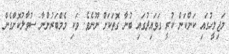
މަޖިލީހުގައި ކަންކަން ކުރީ ގަވައިދުގައި ބުނާ ގޮތަކަށް ނޫނެވެ. ވަކި މެމްބަރުންނާ ސުވާލުކޮށްގެން